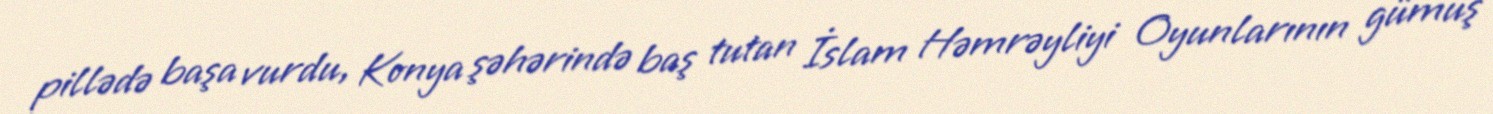
pillədə başa vurdu, Konya şəhərində baş tutan İslam Həmrəyliyi Oyunlarının gümüş